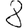
Digit: 8